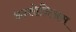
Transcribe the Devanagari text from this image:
अन्तोनिअस